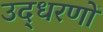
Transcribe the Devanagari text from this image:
उद्‍धरणों